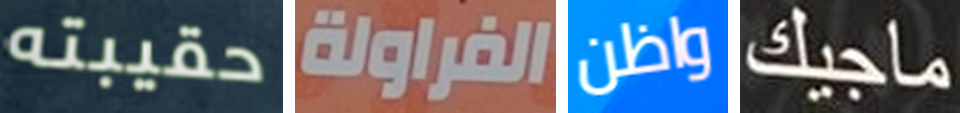
حقيبته الفراولة واظن ماجيك